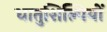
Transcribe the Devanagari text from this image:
धातुशिल्पियों